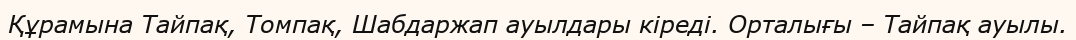
Құрамына Тайпақ, Томпақ, Шабдаржап ауылдары кіреді. Орталығы – Тайпақ ауылы.